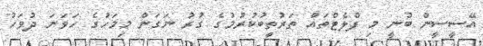
އޭސީސީން ބުނީ މި ފްލެޓްތައް ތަރުތީބުކުރުމުގެ ގުރު ނަގަން މިމަހުގެ ހަވަނަ ދުވަހު